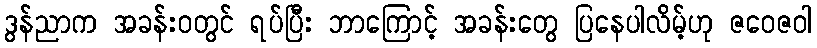
ဒွန်ညာက အခန်းဝတွင် ရပ်ပြီး ဘာကြောင့် အခန်းတွေ ပြနေပါလိမ့်ဟု ဇဝေဇဝါ